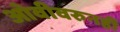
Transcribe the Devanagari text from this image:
ओवीवरुनही